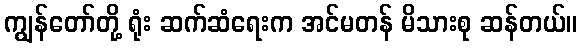
ကျွန်တော်တို့ ရုံး ဆက်ဆံရေးက အင်မတန် မိသားစု ဆန်တယ်။